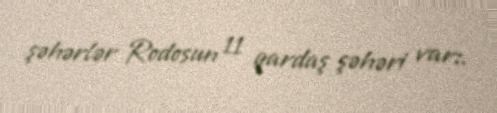
şəhərlər Rodosun 11 qardaş şəhəri var:.